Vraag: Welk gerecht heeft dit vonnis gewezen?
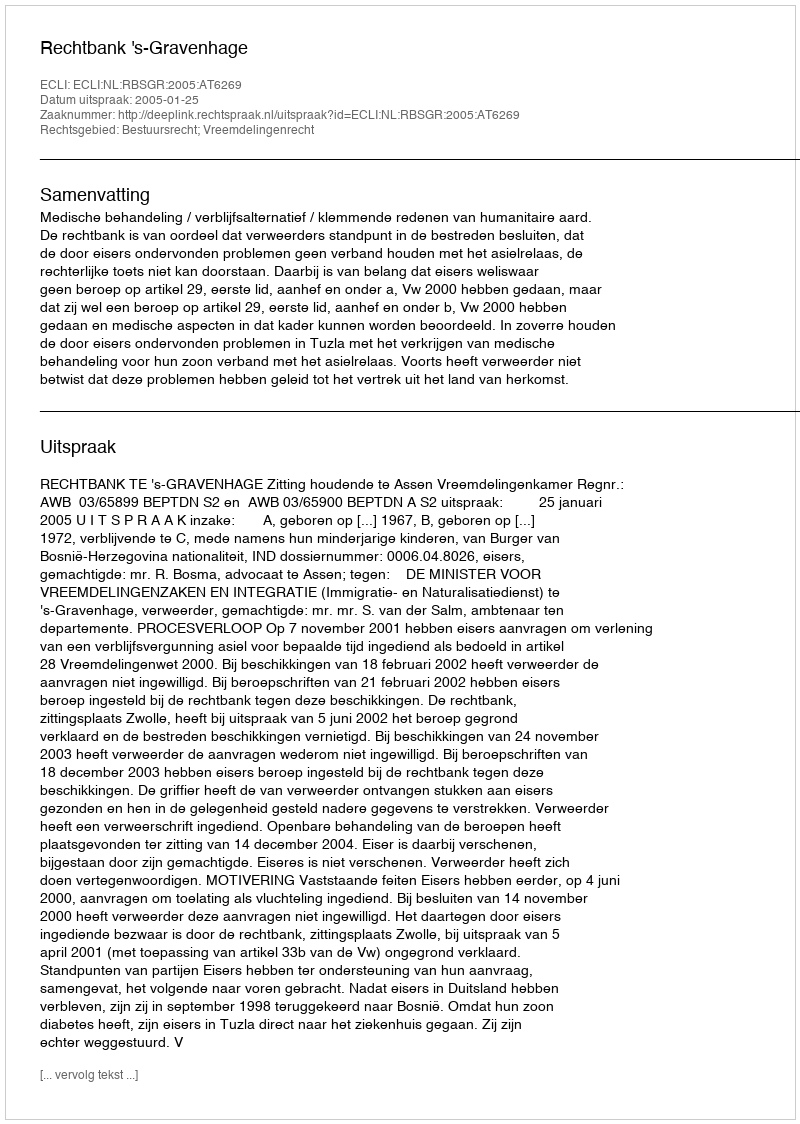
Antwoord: Rechtbank 's-Gravenhage